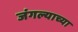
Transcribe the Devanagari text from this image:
जंगल्याच्या